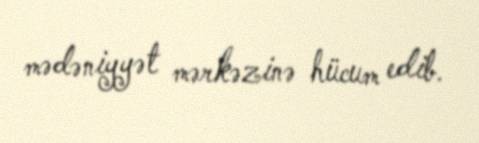
mədəniyyət mərkəzinə hücum edib.